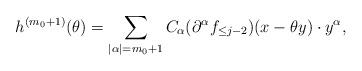
LaTeX: \begin{align*}h^{(m_0+1)} (\theta) = \sum_{|\alpha|=m_0+1} C_{\alpha} (\partial^{\alpha} f_{\le j-2}) (x-\theta y) \cdot y^{\alpha},\end{align*}